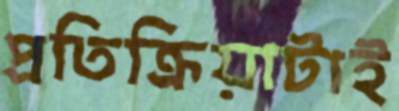
প্রতিক্রিয়াটাই